Report on sanitation, dispensaries, and jails in Rajputana for 1916, and on vaccination for the year 1916-1917 - 1916-1917
Year: 1916
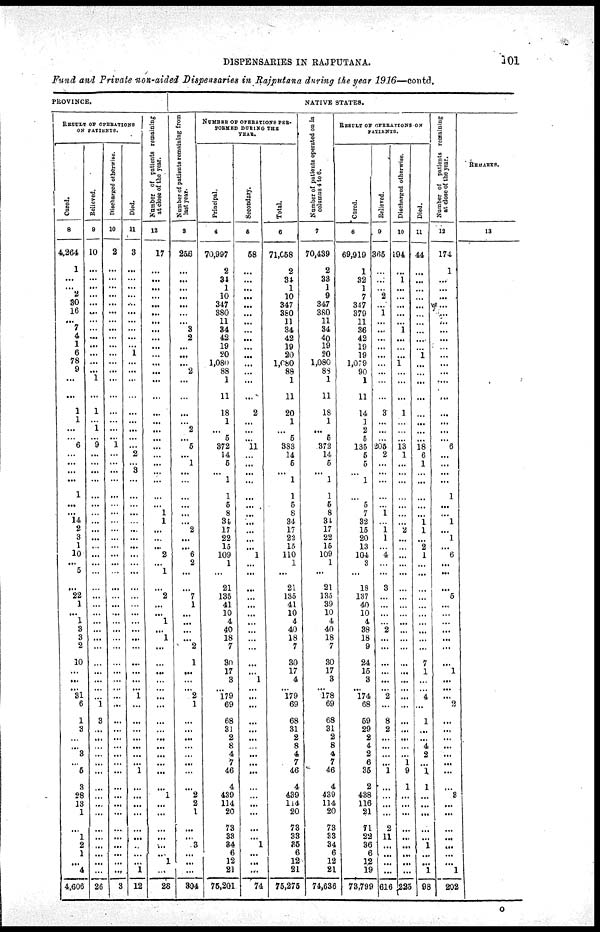
DISPENSARIES IN RAJPUTANA.
101
Fund and Private non-aided Dispensaries in Rajputana during the year 1916—contd.
PROVINCE.
RESULT OF OPERATIONS
ON PATIENTS.
Cured.
8
4,264
1
...
...
2
30
16
...
7
4
1
6
78
9
...
...
1
1
...
...
6
...
...
...
...
1
...
...
14
2
3
1
10
...
5
...
22
1
...
1
3
3
2
10
...
...
... 31
6
1
3
...
...
3
...
5
3
28
13
1
...
1
2
1
...
4
4,606
Relieved.
9
10
...
...
...
...
...
...
...
...
...
...
...
...
...
1
...
1
...
1
...
9
...
...
...
...
...
...
...
...
...
...
...
...
...
...
...
...
...
...
...
...
...
...
...
...
...
...
...
1
3
...
...
...
...
...
...
...
...
...
...
...
...
...
...
...
...
26
Discharged otherwise.
10
2
...
...
...
...
...
...
...
...
...
...
...
...
...
...
...
...
...
...
...
1
...
...
...
...
...
...
...
...
...
...
...
...
...
...
...
...
...
...
...
...
...
...
...
...
...
...
...
...
...
...
...
...
...
...
...
...
...
...
...
...
...
...
...
...
...
3
Died.
11
3
...
...
...
...
...
...
...
...
...
...
1
...
...
...
...
...
...
...
...
...
2
...
3
...
...
...
...
...
...
...
...
...
...
...
...
...
...
...
...
...
...
...
...
...
...
... 1
...
...
...
...
...
...
...
1
...
...
...
...
...
...
...
...
...
1
12
Number of patients remaining
at close of the year.
12
17
...
...
...
...
...
...
...
...
...
...
...
...
...
...
...
...
...
...
...
...
...
...
...
...
...
...
1
1
...
...
...
2
...
1
...
2
...
...
1
...
1
...
...
...
...
...
...
...
...
...
...
...
...
...
...
...
1
...
...
...
...
...
...
1
...
28
NATIVE STATES.
Number of patients remaining from
last year.
3
256
...
...
...
...
...
...
...
3
2
...
...
...
2
...
...
...
...
2
...
5
...
1
...
...
...
...
...
...
2
...
...
6
2
...
...
7
1
...
...
...
...
2
1
...
...
... 2
1
...
...
...
...
...
...
...
...
2
2
1
...
...
3
...
...
...
304
NUMBER OF OPERATIONS PER¬
FORMED DURING THE
YEAR.
Principal.
4
70,997
2
34
1
10
347
380
11
34
42
19
20
1,080
88
1
11
18
1
...
5
372
14
5
...
1
1
5
8
34
17
22
15
109
1
...
21
135
41
10
4
40
18
7
30
17
3
... 179
69
68
31
2
8
4
7
46
4
439
114
20
73
33
34
6
12
21
75,201
Secondary.
5
58
...
...
...
...
...
...
...
...
...
...
...
...
...
...
...
2
...
...
...
11
...
...
...
...
...
...
...
...
...
...
...
1
...
...
...
...
...
...
...
...
...
...
...
...
1
...
...
...
...
...
...
...
...
...
...
...
...
...
...
...
...
1
...
...
...
74
Total.
6
71,058
2
34
1
10
347
380
11
34
42
19
20
1,080
88
1
11
20
1
...
5
383
14
5
...
1
1
5
8
34
17
22
15
110
1
...
21
135
41
10
4
40
18
7
30
17
4
... 179
69
68
31
2
8
4
7
46
4
439
114
20
73
33
35
6
12
21
75,275
Number of patients operated on in
columns 4 to 6.
7
70,439
2
33
1
9
347
380
11
34
40
19
20
1,080
88
1
11
18
1
...
5
372
14
5
...
1
1
5
8
34
17
22
15
109
1
...
21
135
39
10
4
40
18
7
30
17
3
... 178
69
68
31
2
8
4
7
46
4
439
114
20
73
S3
34
6
12
21
74,636
RESULT OF OPERATIONS ON
PATIENTS.
Cured.
8
69,919
1
32
1
7
347
379
11
36
42
19
19
1,079
90
1
11
14
1
2
5
135
5
5
...
1
...
5
7
32
15
20
13
104
3
...
18
137
40
10
4
38
18
9
24
15
3
... 174
68
59
29
2
4
2
6
35
2
438
116
21
71
22
36
6
12
19
73,799
Relieved.
9
365
...
...
...
2
...
1
...
...
...
...
...
...
...
...
...
3
...
...
...
205
2
...
...
...
...
...
1
...
1 1
...
4
...
...
3
...
...
...
...
2
...
...
...
...
...
... 2
...
8
2
...
...
...
...
1
...
...
...
...
2
11
...
...
...
...
616
Discharged otherwise.
10
194
...
1
...
...
...
...
...
1
...
...
...
1
...
...
...
1
...
...
...
13
1
...
...
...
...
...
...
...
2
...
...
...
...
...
...
...
...
...
...
...
...
...
...
...
...
... ...
...
...
...
...
...
...
1
9
1
...
...
...
...
...
...
...
...
...
225
Died.
11
44
...
...
...
...
...
...
...
...
...
...
1
...
...
...
...
...
...
...
...
18
6
1
...
...
...
...
...
1
1
...
2
1
...
...
...
...
...
...
...
...
...
...
7
1
...
... 4
...
1
...
...
4
2
...
1
1
...
...
...
...
...
1
...
...
1
98
Number of patients remaining
at close of the year.
12
174
1
...
...
...
...
...
...
...
...
...
...
...
...
...
...
...
...
...
...
6
...
...
...
...
1
...
...
1
...
1
...
6
...
...
...
5
...
...
...
...
...
...
...
1
...
... ...
2
...
...
...
...
...
...
...
...
3
...
...
...
...
...
...
...
1
202
REMARKS.
13
O